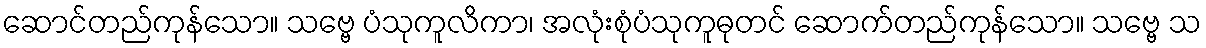
ဆောင်တည်ကုန်သော။ သဗ္ဗေ ပံသုကူလိကာ၊ အလုံးစုံပံသုကူဓုတင် ဆောက်တည်ကုန်သော။ သဗ္ဗေ သ